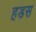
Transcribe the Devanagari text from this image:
हडस